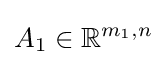
A_{1}\in \mathbb {R} ^{m_{1},n}